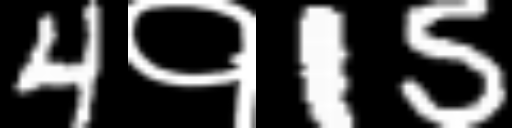
Text: 4१15